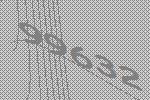
99632